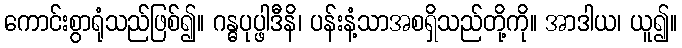
ကောင်းစွာရုံသည်ဖြစ်၍။ ဂန္ဓပုပ္ဖါဒီနိ၊ ပန်းနံ့သာအစရှိသည်တို့ကို။ အာဒါယ၊ ယူ၍။